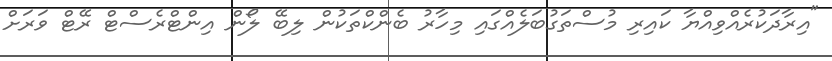
"އިރާދަކުރެއްވިއްޔާ ކައިރި މުސްތަގުބަލެއްގައި މިހާރު ބެންކްތަކުން ލިބޭ ލޯން އިންޓްރެސްޓް ރޭޓް ވަރަށް